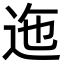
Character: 迤